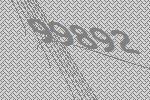
99892